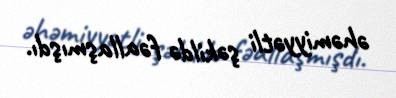
əhəmiyyətli şəkildə fəallaşmışdı.